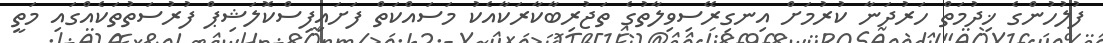
ފުލުހުންގެ ޚިދުމަތް ހަރުދަނާ ކުރުމަށް އިނގިރޭސިވިލާތުގެ ތަޖުރިބާކާރަކާއެކު މަސައްކަތް ފަށައިފިސްކޮލަޝިޕް ފުރުސަތުތަކެއްގައި މަތީ